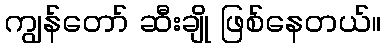
ကျွန်တော် ဆီးချို ဖြစ်နေတယ်။